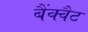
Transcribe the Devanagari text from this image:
बैंक्वैट